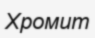
Хромит